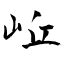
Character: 岴